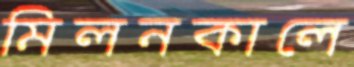
মিলনকালে